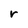
Character: r